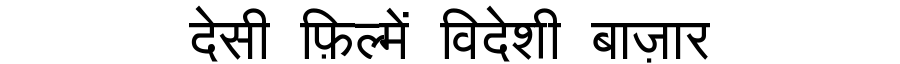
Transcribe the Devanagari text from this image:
देसी फ़िल्में विदेशी बाज़ार